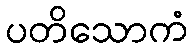
ပတိသောကံ